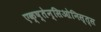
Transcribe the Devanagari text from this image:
एक्ष्तेन्सिओनिस्त्स